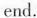
end.